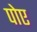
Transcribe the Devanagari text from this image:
पोए